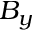
B _ { y }